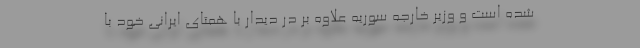
شده است و وزیر خارجه سوریه علاوه بر در دیدار با همتای ایرانی خود با